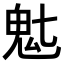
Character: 𬴽